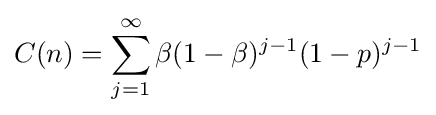
C(n)=\sum _{j=1}^{\infty }\beta (1-\beta )^{j-1}(1-p)^{j-1}